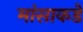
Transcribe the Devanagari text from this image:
मांसाकडे